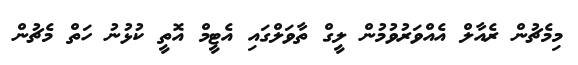
މިމެޗުން ރެއާލް އެއްވަރުވުމުން ލީގް ތާވަލްގައި އެޓީމް އޮތީ ކުޅުނު ހަތް މެޗުން